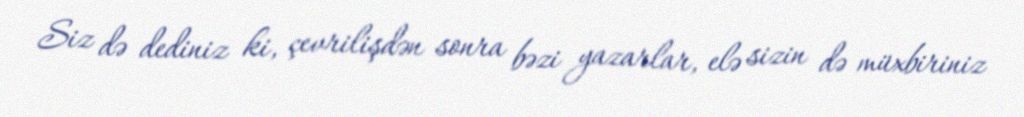
Siz də dediniz ki, çevrilişdən sonra bəzi yazarlar, elə sizin də müxbiriniz